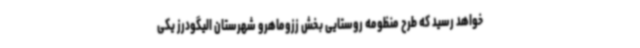
خواهد رسید که طرح منظومه روستایی بخش ززوماهرو شهرستان الیگودرز یکی